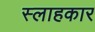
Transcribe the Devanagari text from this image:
स्लाहकार